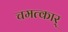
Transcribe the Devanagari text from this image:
चमत्कार्